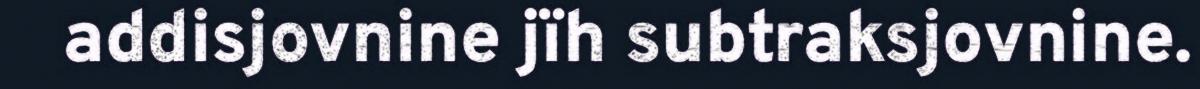
addisjovnine jïh subtraksjovnine.